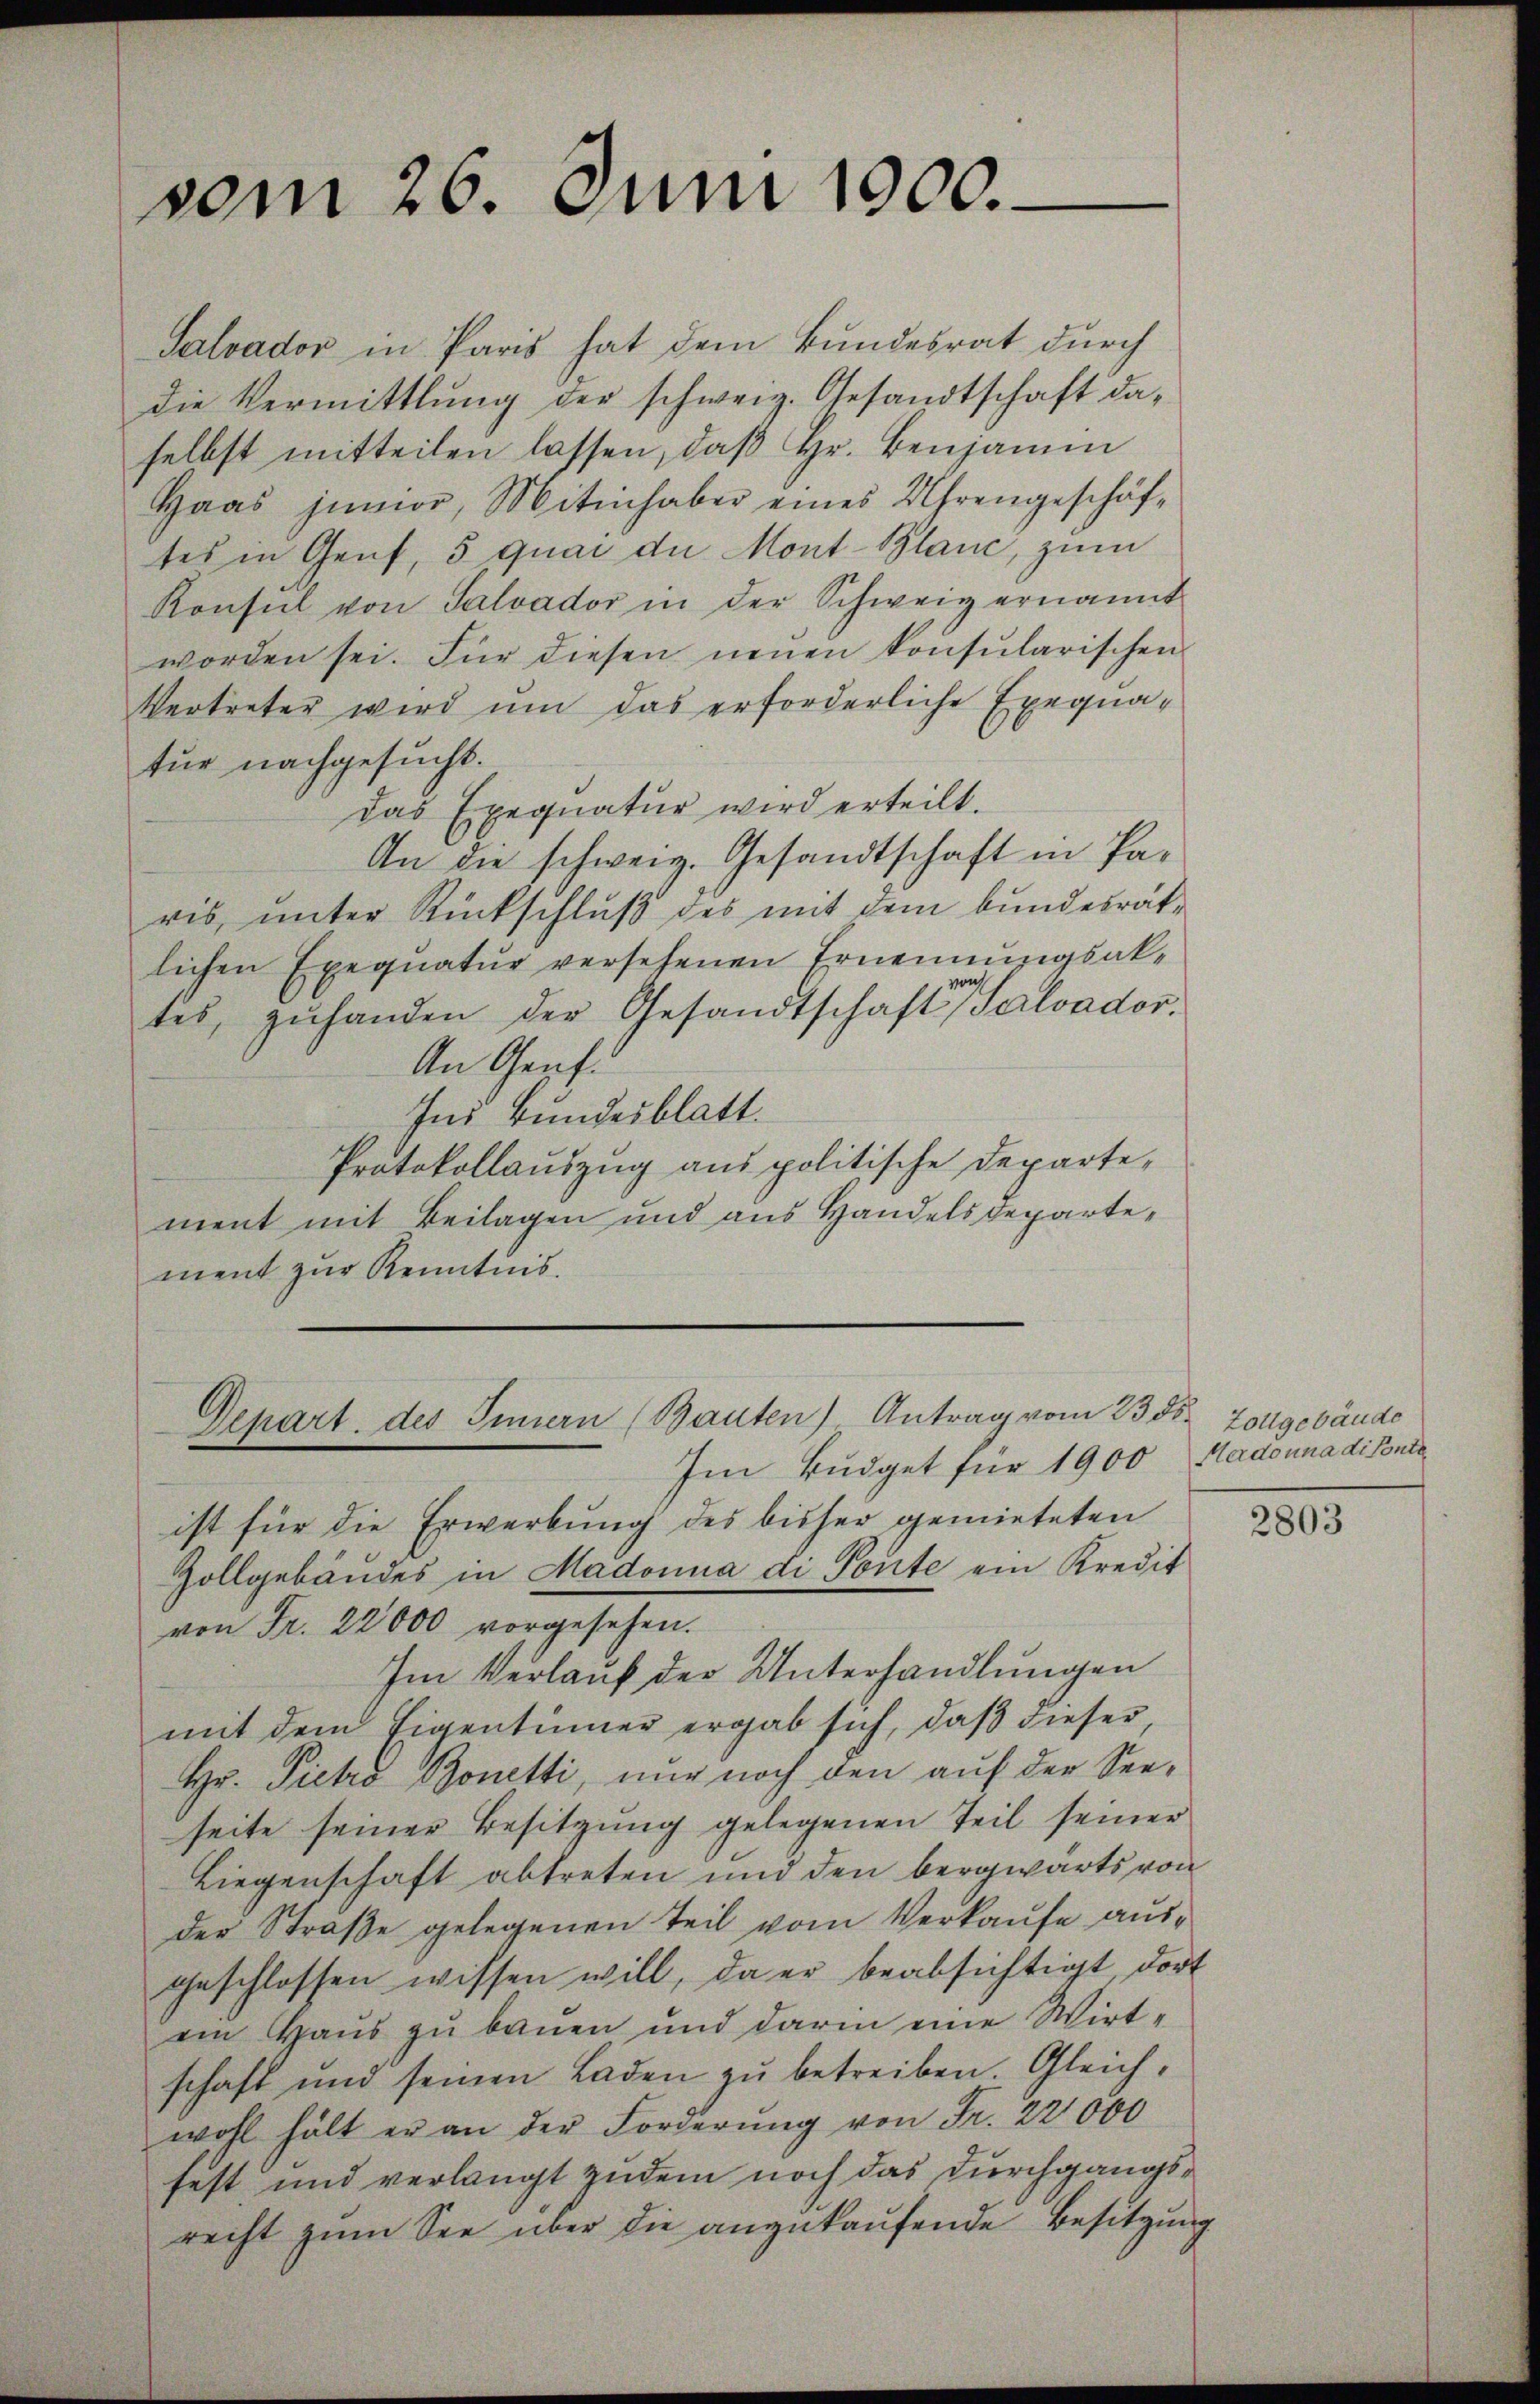
vom 26. Juni 1900.

Salvador in Paris hat dem Bundesrat durch
die Vermittlung der schweiz. Gesandtschaft da-
selbst mitteilen lassen, daß Hr. Benjamin
Haas junior, Mitinhaber eines Uhrengeschäf-
tes in Genf, 5 quai die Mont-Blanc, zum
Konsul von Salvador in der Schweiz ernannt
worden sei. Für diesen neuen konsularischen
Vertreter wird um das erforderliche Exequatur nachgesucht.
das Exequatur wird erteilt.
An die schweiz. Gesandtschaft in Paris, unter Rückschluß des mit dem bundesrät-
lichen Exequatur versehenen Ernennungsak-
tes, zuhanden der Gesandtschaft Salvador.
An Genf.
Ins Bundesblatt.
Protokollauszug aus politische Departe-
ment mit Beilagen und aus Handelsdepartement zur Kenntnis.

Im Budget für 1900 Hadouna di fonte
ist für die Erwerbung des bisher gemieteten
Zollgebäudes in Madonna di Ponte ein Kredit
von Fr. 22000 vorgesehen.
Im Verlauf der Unterhandlungen
mit dem Eigentümer ergab sich, daß dieser
Hr. Pietro Bonetti, nur noch den auf der Seeseite seiner Besitzung gelegenen Teil seiner
Liegenschaft abtreten und den bergwärts von
der Straße gelegenen Teil vom Verkaufe ausgeschlossen wissen will, da er beabsichtigt, dort
ein Haus zu bauen und darin eine Wirt-
schaft und seinen Laden zu betreiben. Gleichwohl hält er an der Forderung von Fr. 22000
fest und verlangt zudem noch das Durchgangsrecht zŭm See über die angekaŭfende Besitzung

Depart. des Innern (Bauten) Antrag vom 23 der Zollgebäude

2803